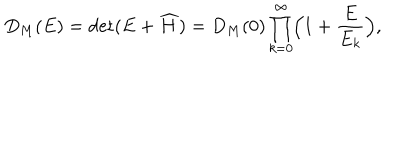
LaTeX: D _ { M } ( E ) = \mathrm { d e t } ( E + \widehat { H } ) = D _ { M } ( 0 ) \prod _ { k = 0 } ^ { \infty } \Bigl ( 1 + \frac { E } { E _ { k } } \Bigr ) ,